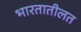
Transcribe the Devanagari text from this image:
भारतातीलत